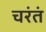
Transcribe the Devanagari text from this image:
चरंतं